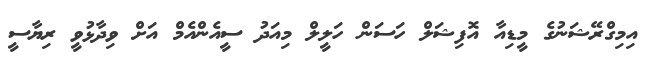
އިމިގްރޭޝަނުގެ މީޑިއާ އޮފިޝަލް ހަސަން ހަލީލް މިއަދު ސީއެންއެމް އަށް ވިދާޅުވީ ރިޔާސީ